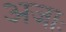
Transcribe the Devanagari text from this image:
अजाः